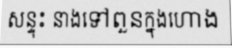
សន្ទុះ នាងទៅពួនក្នុងហោង